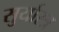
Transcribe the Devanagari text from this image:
सुर्यास्त्र